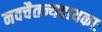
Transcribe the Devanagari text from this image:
नवचैतन्यदायकाः